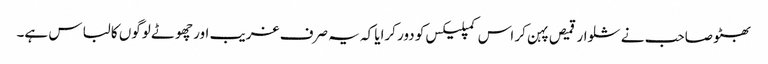
بھٹو صاحب نے شلوار قمیص پہن کر اس کمپلیکس کو دور کرایا کہ یہ صرف غریب اور چھوٹے لوگوں کا لباس ہے۔